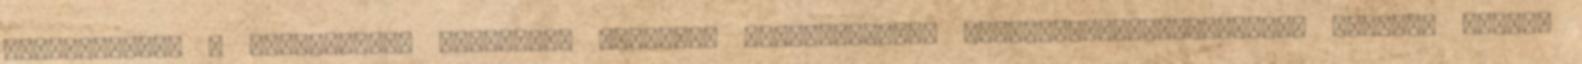
kibocsátást. A kétváltozós termelési függvény szintvonalait egyenlőtermék-görbéknek hívjuk. Amikor